Civil Veterinary Department Bihar & Orissa reports 1922-29 - 1922-1929
Year: 1922
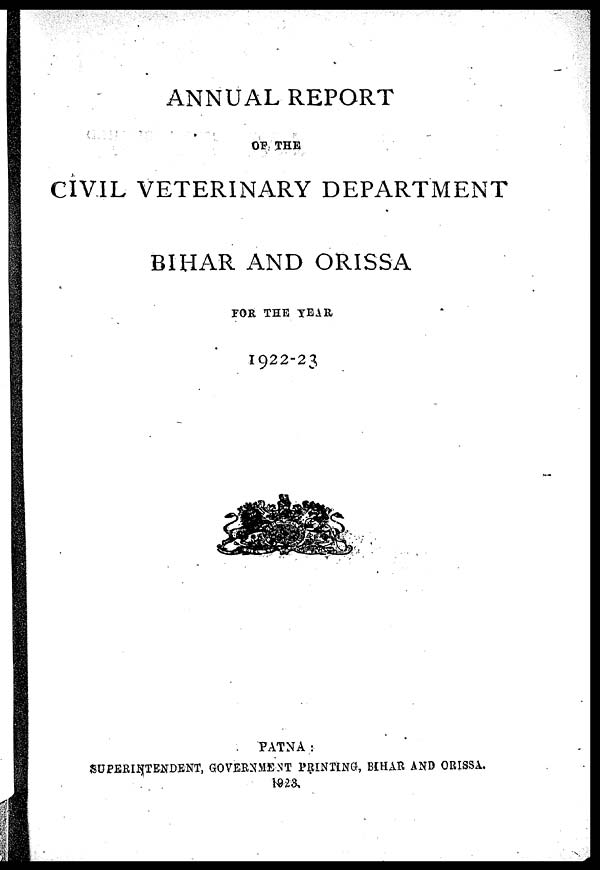
ANNUAL REPORT
OF THE
CIVIL VETERINARY DEPARTMENT
BIHAR AND ORISSA
FOR THE TEAR
1922-23
PATNA:
SUPERINTENDENT, GOVERNMENT PRINTING, BIHAR AND ORISSA.
1923,